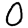
Digit: 0